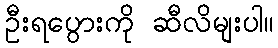
ဦးရပွေားကို ဆီလိမျးပါ။